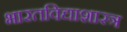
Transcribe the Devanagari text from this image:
भारतविद्याशास्त्र